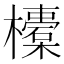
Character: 𣟄